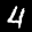
Label: 4